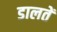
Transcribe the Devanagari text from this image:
डालतें